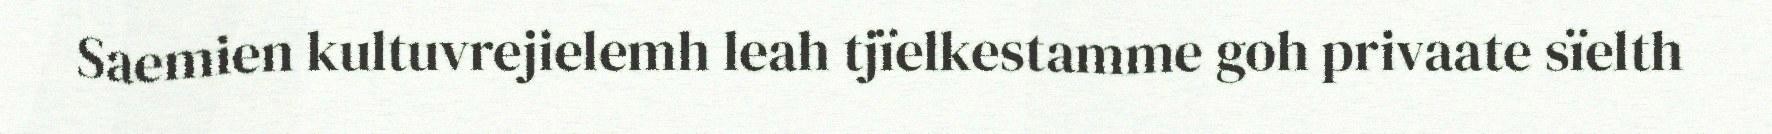
Saemien kultuvrejielemh leah tjïelkestamme goh privaate sïelth